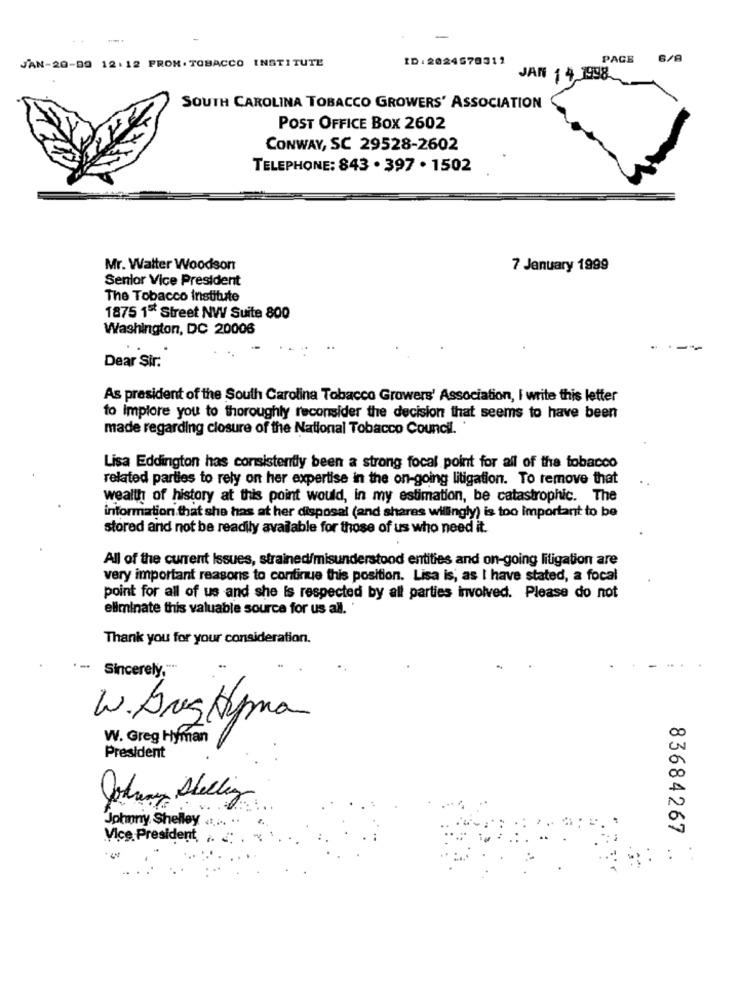
JAN-20-09 12:12 PROM. TOBACCO INSTITUTE
ID:2024578312
PAGE
6/8
JAN 14,1998
SOUTH CAROLINA TOBACCO GROWERS' ASSOCIATION
POST OFFICE BOX 2602
CONWAY, SC 29528-2602
TELEPHONE: 843 . 397 . 1502
Mr. Walter Woodson
7 January 1999
Senior Vice President
The Tobacco institute
1875 1* Street NW Suite 800
Washington, DC 20006
Dear Sir.
As president of the South Carolina Tobacco Growers' Association, I write this letter
to implore you to thoroughly reconsider the decision that seems to have been
made regarding closure of the National Tobacco Council.
Lisa Eddington has consistently been a strong focal point for all of the tobacco
related parties to rely on her expertise in the on-going litigation. To remove that
wealth of history at this point would, in my estimation, be catastrophic. The
information that she has at her disposal (and shares willingly) is too important to be
stored and not be readily available for those of us who need it.
All of the current Issues, strained/misunderstood entities and on-going litigation are
very important reasons to continue this position. Lisa is, as I have stated, a focal
point for all of us and she Is respected by all parties involved. Please do not
eliminate this valuable source for us all.
Thank you for your consideration.
Sincerely,"
W. AugHyman
W. Greg Hyman
President
Johnny Stelling
Johnny Shelley ...
83684267
Vice President. ..